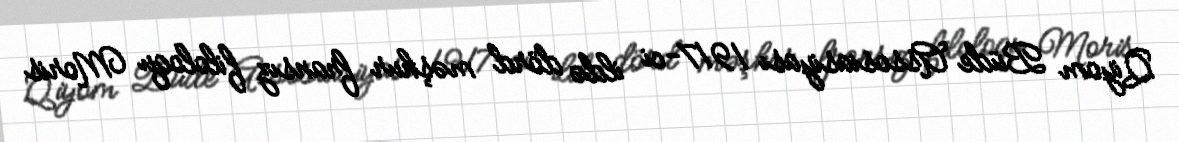
Qiyom Büde Assosiasiyası 1917-ci ildə dörd məşhur fransız filoloqu Moris